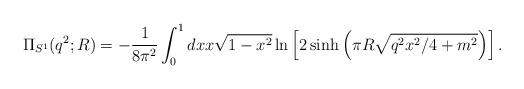
LaTeX: \begin{align*}\Pi_{S^1}(q^2;R) = -{1\over 8\pi^2}\int_0^1 dx x\sqrt{1-x^2}\ln\left[2\sinh\left(\pi R\sqrt{q^2x^2/4+m^2}\right)\right].\end{align*}